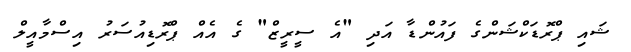
ޝައި ޕްރޮޑަކްޝަންގެ ފައުންޑާ އަދި "އެ ސީރީޒް" ގެ އެއް ޕްރޮޑިއުސަރު އިސްމާއީލް